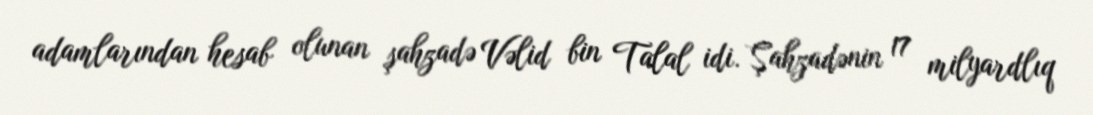
adamlarından hesab olunan şahzadə Vəlid bin Talal idi. Şahzadənin 17 milyardlıq